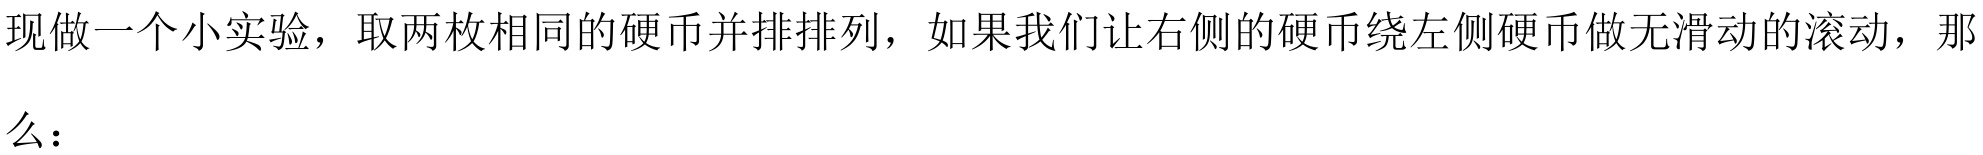
现做一个小实验，取两枚相同的硬币并排排列，如果我们让右侧的硬币绕左侧硬币做无滑动的滚动，那么：